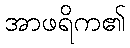
အာဖရိက၏